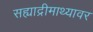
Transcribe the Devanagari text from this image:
सह्याद्रीमाथ्यावर